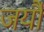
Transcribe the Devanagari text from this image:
जर्यौ